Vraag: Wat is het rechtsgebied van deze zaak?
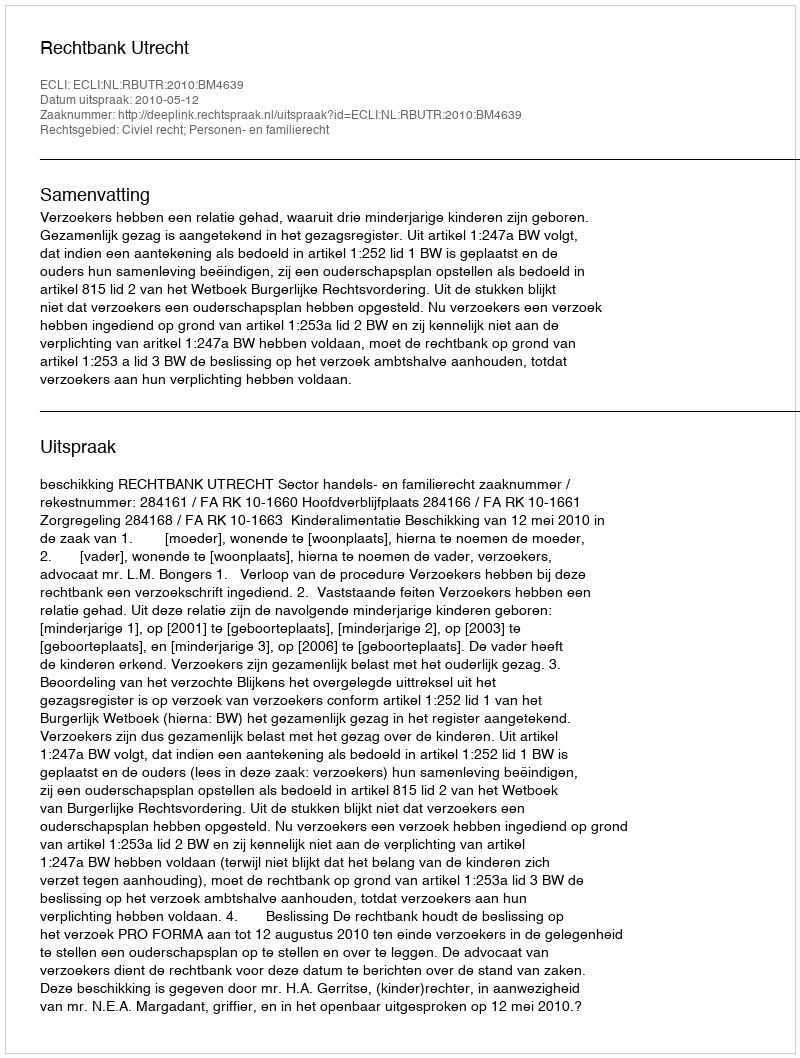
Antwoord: Civiel recht; Personen- en familierecht